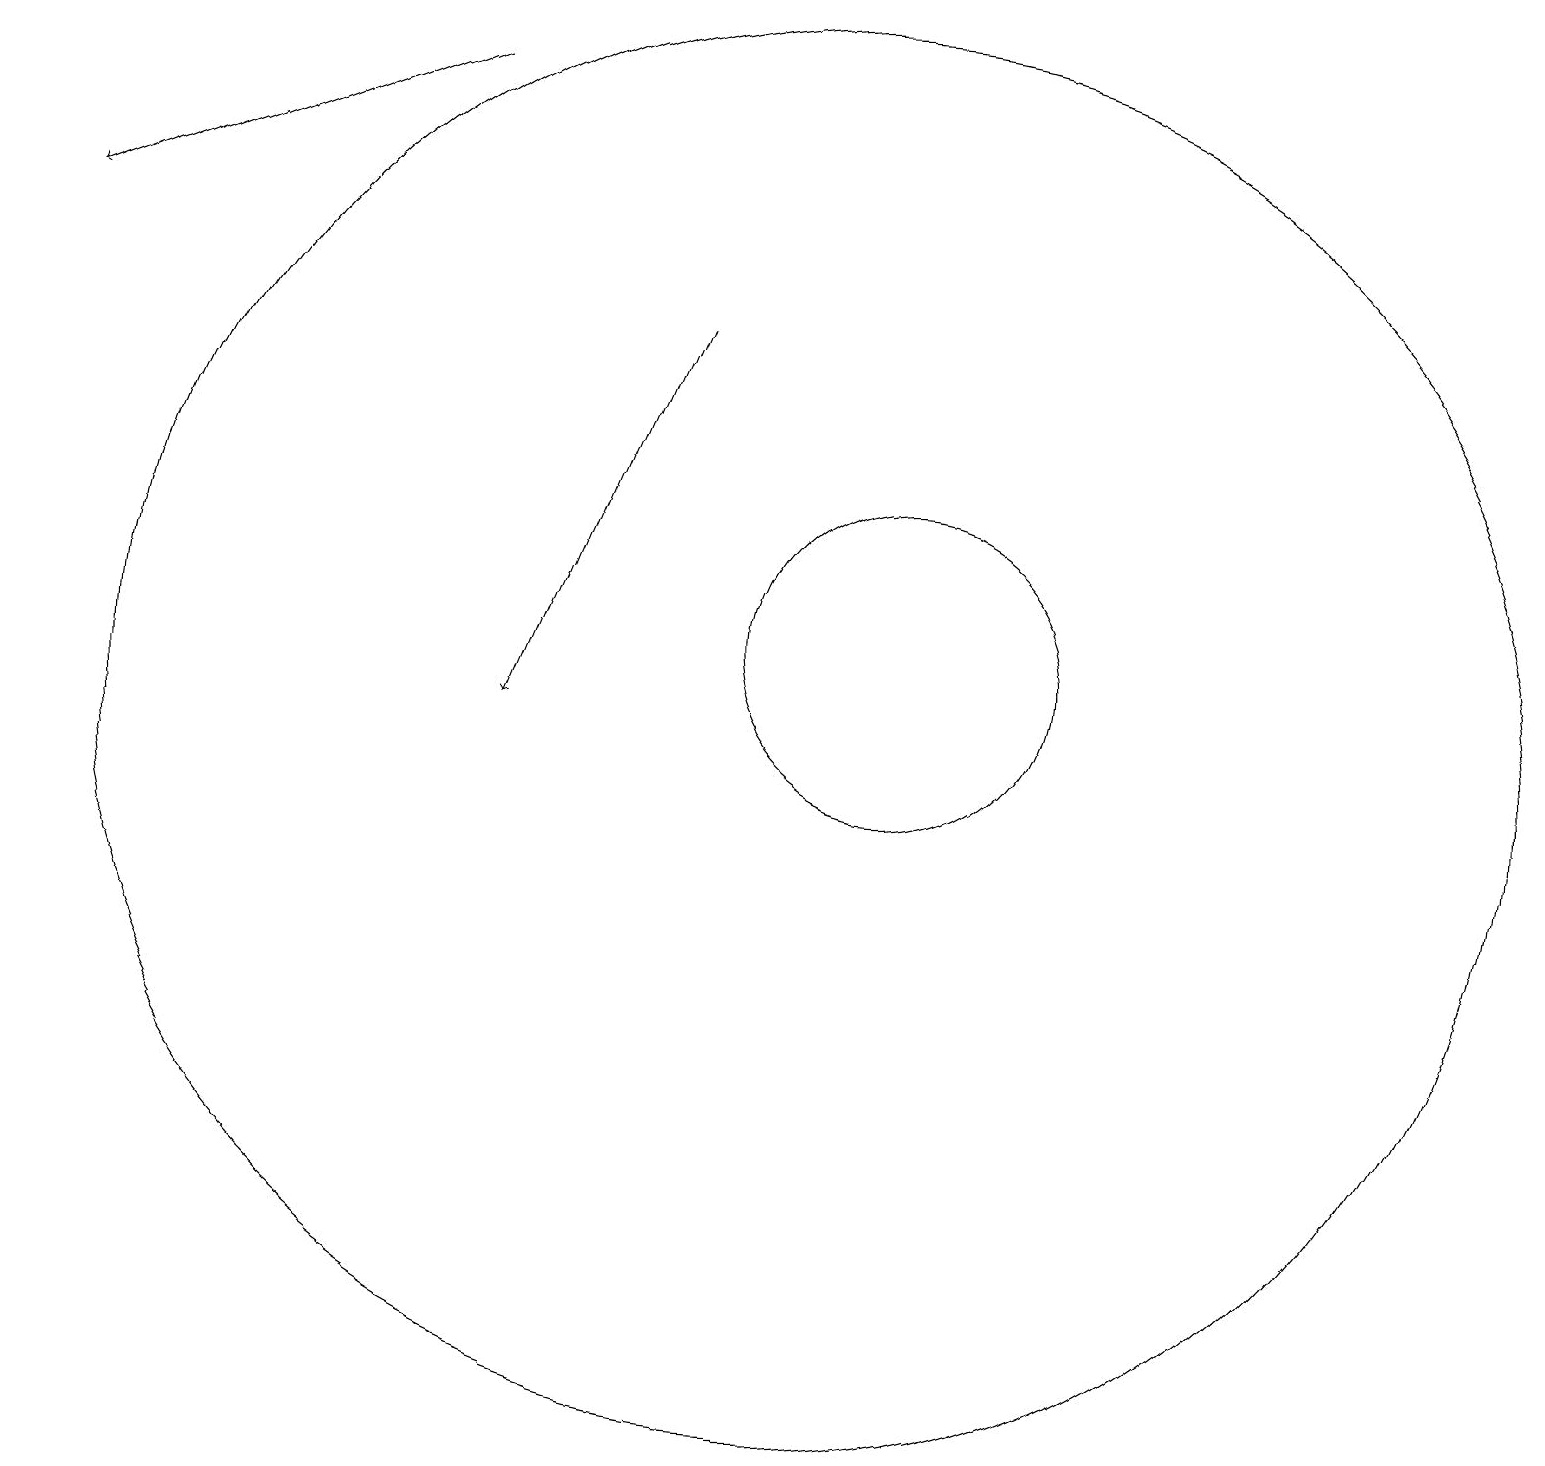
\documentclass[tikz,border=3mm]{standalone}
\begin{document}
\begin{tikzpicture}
\draw[->] (5,18) -- (0,16);
\draw (10,10) circle (9);
\draw (11,11) circle (2);
\draw[->] (8,15) -- (6,10);
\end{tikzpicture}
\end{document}